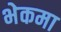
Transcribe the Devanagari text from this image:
भेकमा